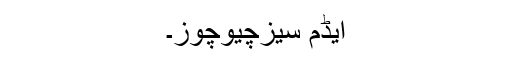
ایڈم سیزچیوچوز۔